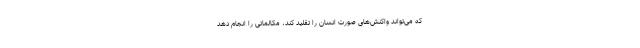
که می‌تواند واکنش‌های صورت انسان را تقلید کند، مکالماتی را انجام دهد